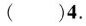
（）4.